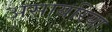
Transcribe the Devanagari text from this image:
असायरिया